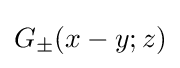
G_{\pm }(x-y;z)